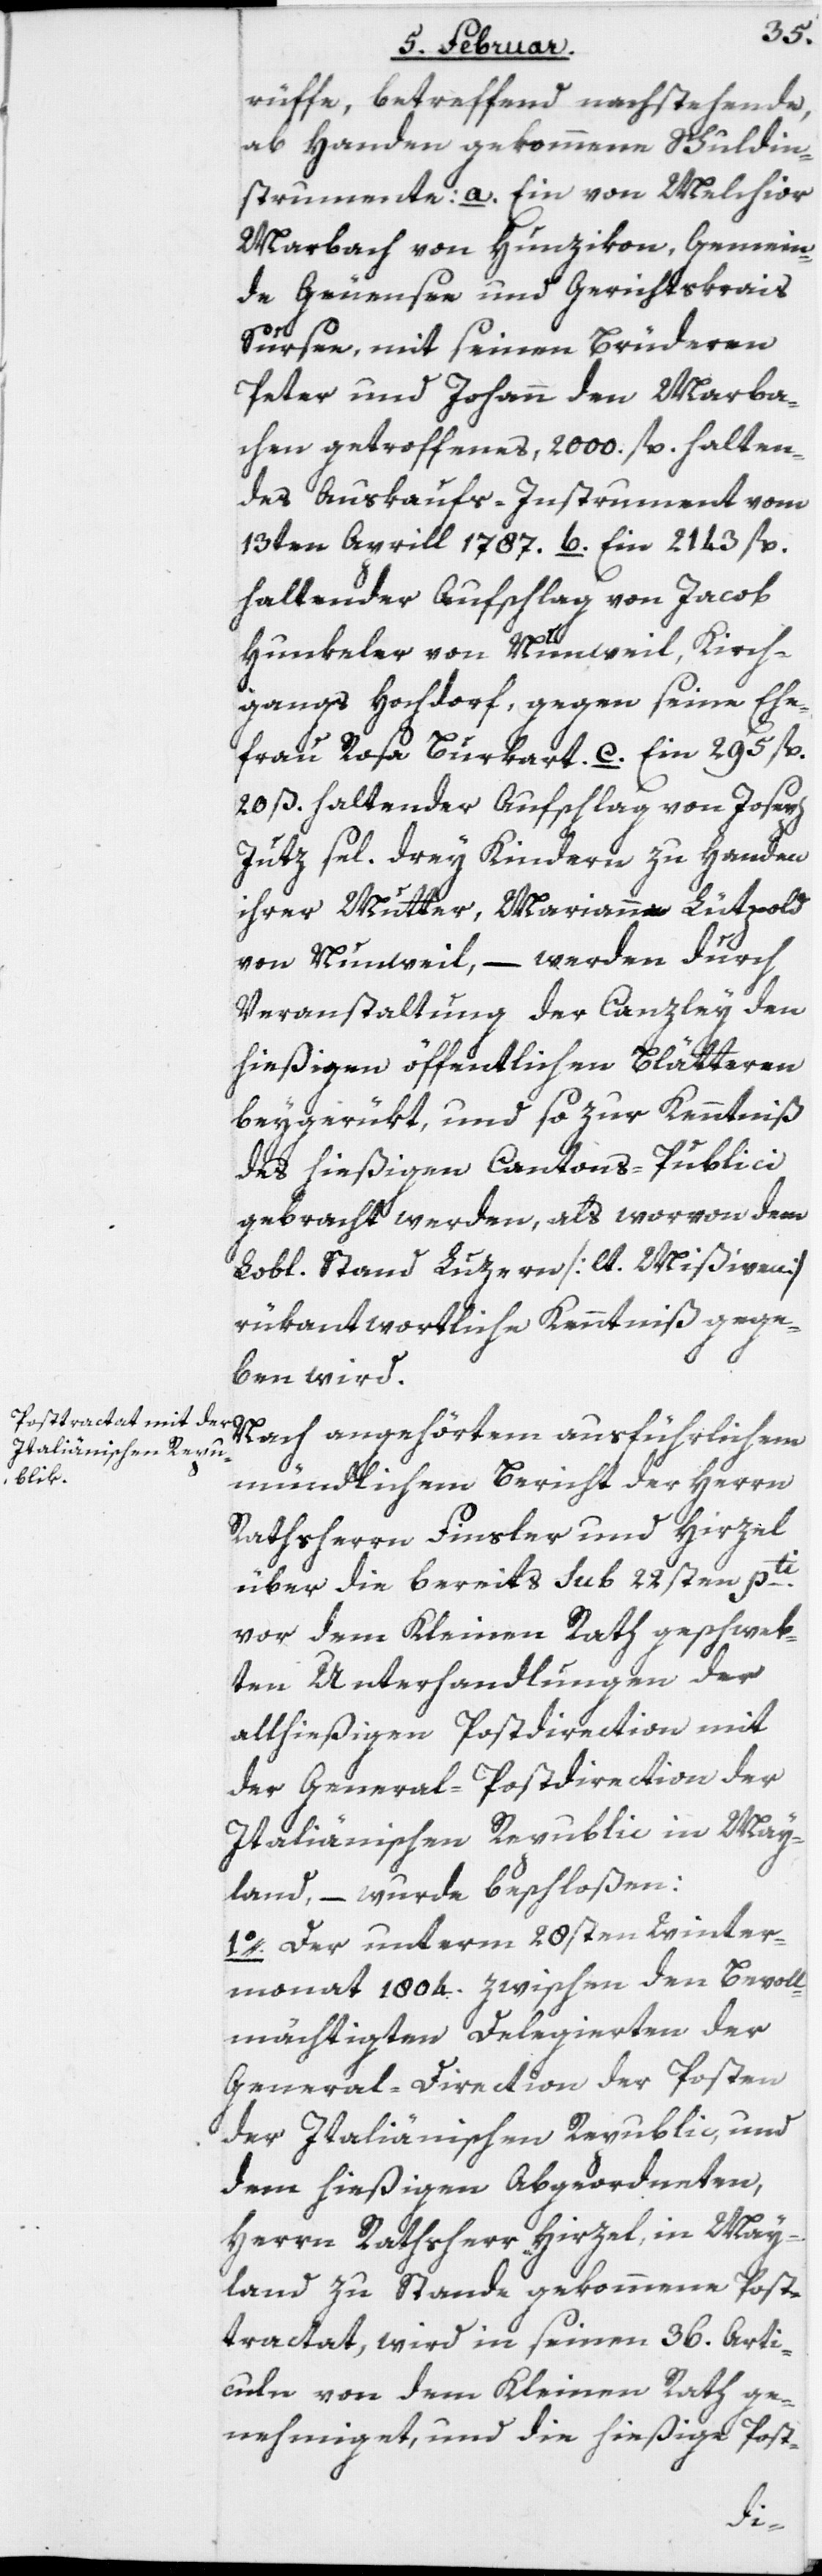
rüffe, betreffend nachstehende,
ab Handen gekommene Schuldin¬
strumente: a. Ein von Melchior
Marbach von Hunzikon, Gemein¬
de Geuensee und Gerichtskrais
Sursee, mit seinen Brüderen
Peter und Johann den Marba¬
chen getroffenes, 2000 fl. halten¬
des Auskaufs-Instrument vom
13ten April 1787. b. Ein 2143 fl.
haltender Aufschlag von Jacob
Hunkeler von Nunweil, Kirch¬
gangs Hochdorf, gegen seine Ehe¬
frau Rosa Burkart. c. Ein 295 fl.
20 ß. haltender Aufschlag von Joseph
Jutz sel. drey Kindern zu Handen
ihrer Mutter, Mariann[?e] Lütpold
von Nunweil, – werden durch
Veranstaltung der Canzley den
hießigen öffentlichen Blätteren
beygerükt, und so zur Kenntniß
des hießigen Cantons-Publici
gebracht werden, als worvon dem
Lobl. Stand Luzern [lt. Missiven]
rükantwortliche Kenntniß gege¬
ben wird.
Nach angehörtem ausführlichem
mündlichem Bericht der Herrn
Rathsherrn Finsler und Hirzel
über die bereits sub 22sten pti.
vor dem Kleinen Rath geschweb¬
ten Unterhandlungen der
allhießigen Postdirection mit
der General-Postdirection der
Italiänischen Republic in May¬
land, – wurde beschloßen:
1o. Der unterm 28sten Winter¬
monat 1804. zwischen den Bevoll¬
mächtigten Delegierten der
General-Direction der Posten
der Italiänischen Republic, und
dem hießigen Abgeordneten,
Herrn Rathsherr Hirzel, in May¬
land zu Stande gekommene Post¬
tractat, wird in seinen 36. Arti¬
culn von dem Kleinen Rath ge¬
nehmiget, und die hießige Post-